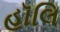
હૉલિ